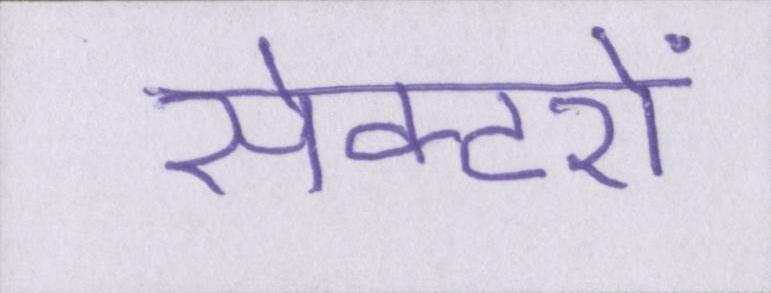
सेक्टरों